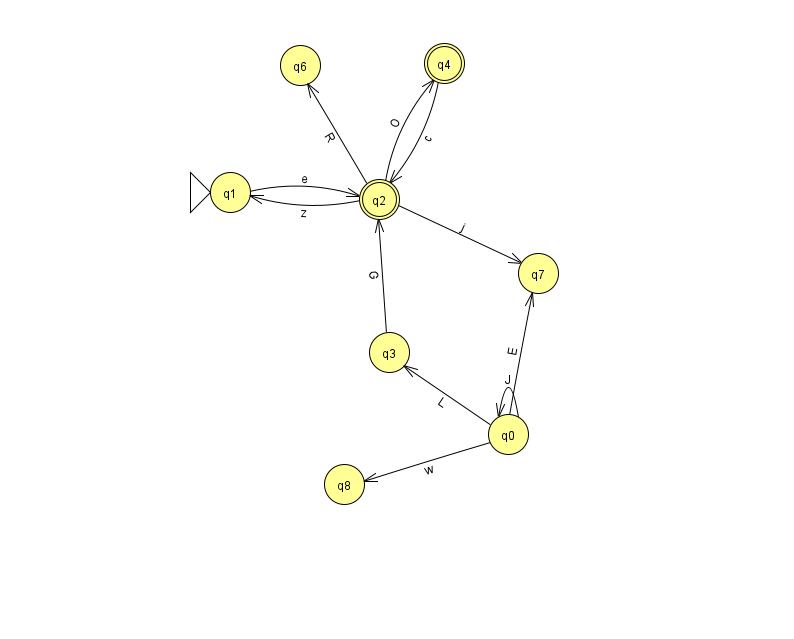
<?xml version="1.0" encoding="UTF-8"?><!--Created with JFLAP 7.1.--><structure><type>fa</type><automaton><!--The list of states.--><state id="0" name="q0"><x>508.0</x><y>421.0</y></state><state id="1" name="q1"><x>230.0</x><y>179.0</y><initial/></state><state id="2" name="q2"><x>379.0</x><y>186.0</y><final/></state><state id="3" name="q3"><x>389.0</x><y>339.0</y></state><state id="4" name="q4"><x>444.0</x><y>50.0</y><final/></state><state id="6" name="q6"><x>300.0</x><y>52.0</y></state><state id="7" name="q7"><x>538.0</x><y>260.0</y></state><state id="8" name="q8"><x>344.0</x><y>471.0</y></state><!--The list of transitions.--><transition><from>2</from><to>1</to><read>z</read></transition><transition><from>2</from><to>7</to><read>j</read></transition><transition><from>2</from><to>6</to><read>R</read></transition><transition><from>2</from><to>4</to><read>O</read></transition><transition><from>0</from><to>3</to><read>L</read></transition><transition><from>0</from><to>0</to><read>J</read></transition><transition><from>4</from><to>2</to><read>c</read></transition><transition><from>0</from><to>8</to><read>w</read></transition><transition><from>0</from><to>7</to><read>E</read></transition><transition><from>1</from><to>2</to><read>e</read></transition><transition><from>3</from><to>2</to><read>G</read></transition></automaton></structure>